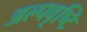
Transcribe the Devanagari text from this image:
अल्पवृष्टि